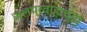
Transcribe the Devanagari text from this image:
जलप्रवाहाच्या